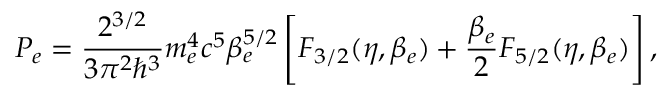
P _ { e } = \frac { 2 ^ { 3 / 2 } } { 3 \pi ^ { 2 } \hbar ^ { 3 } } m _ { e } ^ { 4 } c ^ { 5 } \beta _ { e } ^ { 5 / 2 } \left[ F _ { 3 / 2 } ( \eta , \beta _ { e } ) + \frac { \beta _ { e } } { 2 } F _ { 5 / 2 } ( \eta , \beta _ { e } ) \right] ,